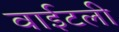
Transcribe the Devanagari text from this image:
वाईटली